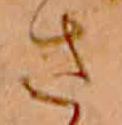
さ